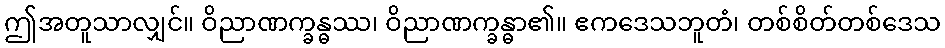
ဤအတူသာလျှင်။ ဝိညာဏက္ခန္ဓဿ၊ ဝိညာဏက္ခန္ဓာ၏။ ဧကဒေသဘူတံ၊ တစ်စိတ်တစ်ဒေသ